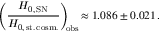
\left( \frac { H _ { 0 , \, \mathrm { S N } } } { H _ { 0 , \, \mathrm { s t . \, c o s m . } } } \right) _ { \! \! \mathrm { o b s } } \! \approx 1 . 0 8 6 \pm 0 . 0 2 1 \, .